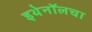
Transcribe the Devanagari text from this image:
इथेनॉलचा